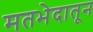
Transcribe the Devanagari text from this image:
मतभेदातून